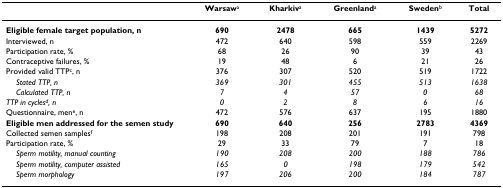
<table><thead><tr><td></td><td><b>Warsaw<sup>a</sup></b></td><td><b>Kharkiv<sup>a</sup></b></td><td><b>Greenland<sup>a</sup></b></td><td><b>Sweden<sup>b</sup></b></td><td><b>Total</b></td></tr></thead><tbody><tr><td><b>Eligible female target population, n</b></td><td><b>690</b></td><td><b>2478</b></td><td><b>665</b></td><td><b>1439</b></td><td><b>5272</b></td></tr><tr><td>Interviewed, n</td><td>472</td><td>640</td><td>598</td><td>559</td><td>2269</td></tr><tr><td>Participation rate, %</td><td>68</td><td>26</td><td>90</td><td>39</td><td>43</td></tr><tr><td>Contraceptive failures, %</td><td>19</td><td>48</td><td>6</td><td>21</td><td>26</td></tr><tr><td>Provided valid TTP<sup>c</sup>, n</td><td>376</td><td>307</td><td>520</td><td>519</td><td>1722</td></tr><tr><td> <i>Stated TTP, n</i></td><td><i>369</i></td><td><i>301</i></td><td><i>455</i></td><td><i>513</i></td><td><i>1638</i></td></tr><tr><td> <i>Calculated TTP, n</i></td><td><i>7</i></td><td><i>4</i></td><td><i>57</i></td><td><i>0</i></td><td><i>68</i></td></tr><tr><td> <i>TTP in cycles<sup>d</sup>, n</i></td><td><i>0</i></td><td><i>2</i></td><td><i>8</i></td><td><i>6</i></td><td><i>16</i></td></tr><tr><td>Questionnaire, men<sup>e</sup>, n</td><td>472</td><td>576</td><td>637</td><td>195</td><td>1880</td></tr><tr><td><b>Eligible men addressed for the semen study</b></td><td><b>690</b></td><td><b>640</b></td><td><b>256</b></td><td><b>2783</b></td><td><b>4369</b></td></tr><tr><td>Collected semen samples<sup>f</sup></td><td>198</td><td>208</td><td>201</td><td>191</td><td>798</td></tr><tr><td>Participation rate, %</td><td>29</td><td>33</td><td>79</td><td>7</td><td>18</td></tr><tr><td> <i>Sperm motility, manual counting</i></td><td><i>190</i></td><td><i>208</i></td><td><i>200</i></td><td><i>188</i></td><td><i>786</i></td></tr><tr><td> <i>Sperm motility, computer assisted</i></td><td><i>165</i></td><td><i>0</i></td><td><i>198</i></td><td><i>179</i></td><td><i>542</i></td></tr><tr><td> <i>Sperm morphology</i></td><td><i>197</i></td><td><i>206</i></td><td><i>200</i></td><td><i>184</i></td><td><i>787</i></td></tr></tbody></table>